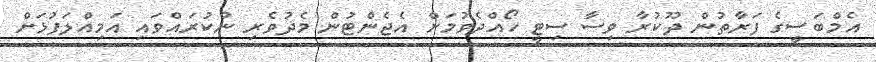
އެމްބަސީގެ ފަރާތުން ދޫކުރާ ވިސާ ސިޓީ ހޯއްދެވުމަށް އެޖެންޓުން މެދުވެރި ނުކުރައްވައި އަމިއްލަފުޅަށް